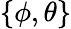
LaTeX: \{ \phi,\theta\}